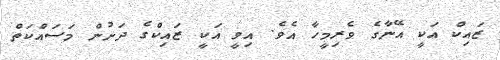
ޒައިކް އަކީ އޭނާގެ ވެރިމީހާ އެވެ. އިވީ އަކީ ޒައިކްގެ ދަށުން މަސައްކަތް